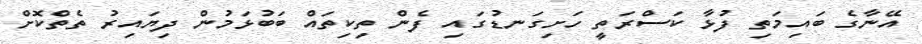
އޭނާގެ ބައިމަތި ފުޅާ ކަސްރަތީ ހަށިގަނޑުގައި ފެން ތިކިތައް ބަބުޅަމުން ދިޔައިރު ތެތްކޮށް